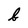
Character: v